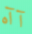
آآه